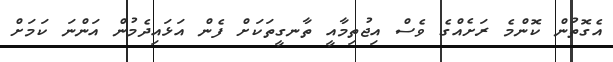
އެގޮތުން ކޮންމެ ރަށެއްގެ ވެސް އިޖުތިމާއީ ތާނގީތަކަށް ފެން އަޅައިދެމުން އަންނަ ކަމަށް